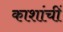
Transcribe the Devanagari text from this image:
काशांचीं